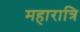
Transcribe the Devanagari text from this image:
महारात्रि